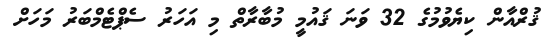
ޤުރްއާން ކިޔެވުމުގެ 32 ވަނަ ޤައުމީ މުބާރާތް މި އަހަރު ސެޕްޓެމްބަރު މަހަށް